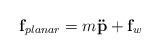
LaTeX: \begin{align*}\mathbf{f}_{planar} = m\mathbf{\ddot{p}} + \mathbf{f}_{w}\end{align*}